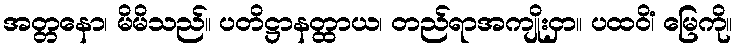
အတ္တနော၊ မိမိသည်။ ပတိဋ္ဌာနတ္ထာယ၊ တည်ရာအကျိုးငှာ။ ပထဝိံ၊ မြေကို။